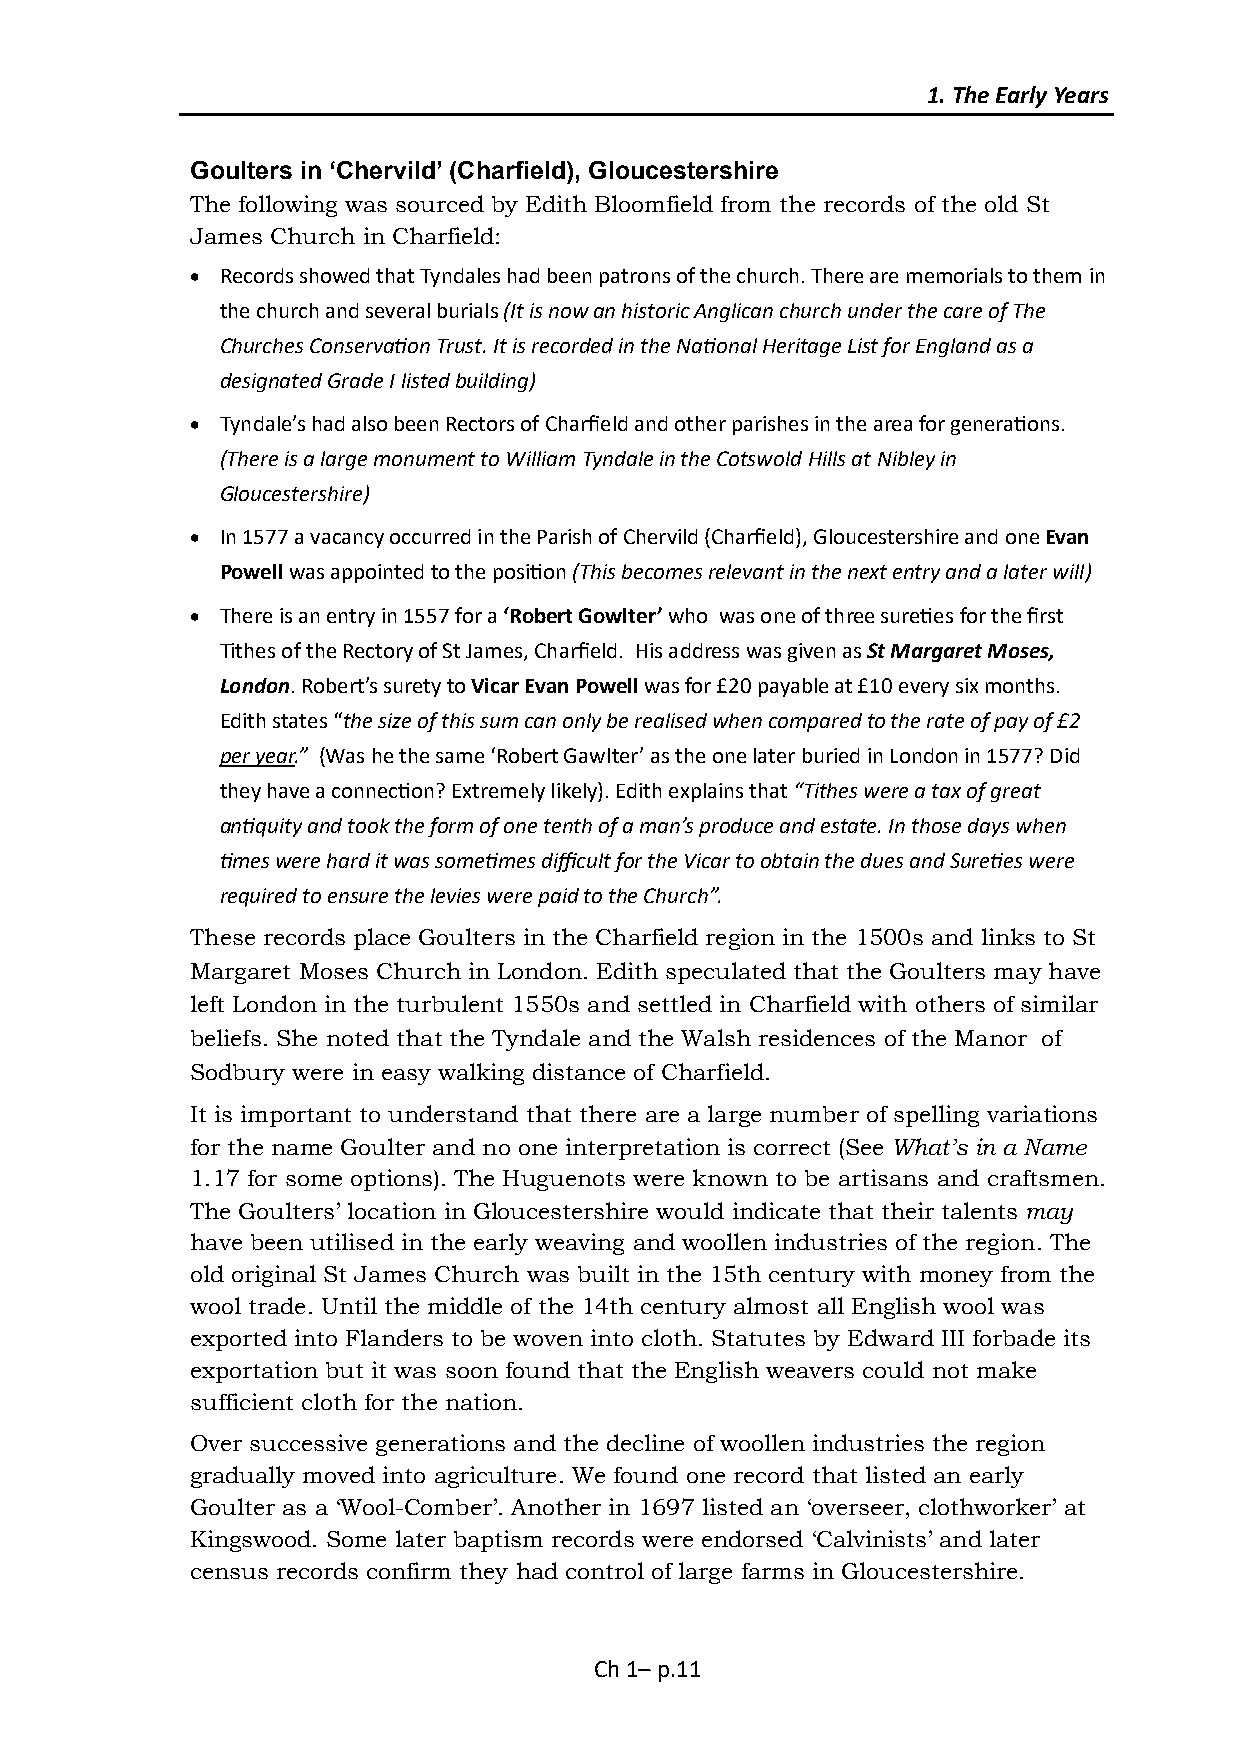
1. The Early Years
 Goulters in ‘Chervild’ (Charfield), Gloucestershire
 The following was sourced by Edith Bloomfield from the records of the old St
 James Church in Charfield:
  Records showed that Tyndales had been patrons of the church. There are memorials to them in
 the church and several burials (It is now an historic Anglican church under the care of The
 Churches Conservation Trust. It is recorded in the National Heritage List for England as a
 designated Grade I listed building)
  Tyndale’s had also been Rectors of Charfield and other parishes in the area for generations.
 (There is a large monument to William Tyndale in the Cotswold Hills at Nibley in
 Gloucestershire)
  In 1577 a vacancy occurred in the Parish of Chervild (Charfield), Gloucestershire and one Evan
 Powell was appointed to the position (This becomes relevant in the next entry and a later will)
  There is an entry in 1557 for a ‘Robert Gowlter’ who was one of three sureties for the first
 Tithes of the Rectory of St James, Charfield. His address was given as St Margaret Moses,
 London. Robert’s surety to Vicar Evan Powell was for £20 payable at £10 every six months.
 Edith states “the size of this sum can only be realised when compared to the rate of pay of £2
 per year.” (Was he the same ‘Robert Gawlter’ as the one later buried in London in 1577? Did
 they have a connection? Extremely likely). Edith explains that “Tithes were a tax of great
 antiquity and took the form of one tenth of a man’s produce and estate. In those days when
 times were hard it was sometimes difficult for the Vicar to obtain the dues and Sureties were
 required to ensure the levies were paid to the Church”.
 These records place Goulters in the Charfield region in the 1500s and links to St
 Margaret Moses Church in London. Edith speculated that the Goulters may have
 left London in the turbulent 1550s and settled in Charfield with others of similar
 beliefs. She noted that the Tyndale and the Walsh residences of the Manor of
 Sodbury were in easy walking distance of Charfield.
 It is important to understand that there are a large number of spelling variations
 for the name Goulter and no one interpretation is correct (See What’s in a Name
 1.17 for some options). The Huguenots were known to be artisans and craftsmen.
 The Goulters’ location in Gloucestershire would indicate that their talents may
 have been utilised in the early weaving and woollen industries of the region. The
 old original St James Church was built in the 15th century with money from the
 wool trade. Until the middle of the 14th century almost all English wool was
 exported into Flanders to be woven into cloth. Statutes by Edward III forbade its
 exportation but it was soon found that the English weavers could not make
 sufficient cloth for the nation.
 Over successive generations and the decline of woollen industries the region
 gradually moved into agriculture. We found one record that listed an early
 Goulter as a ‘Wool-Comber’. Another in 1697 listed an ‘overseer, clothworker’ at
 Kingswood. Some later baptism records were endorsed ‘Calvinists’ and later
 census records confirm they had control of large farms in Gloucestershire.
 Ch 1– p.11